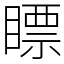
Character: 瞟